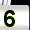
Digit: 5